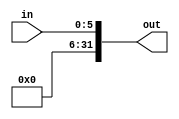
module instrExt (in, out);

	input [5:0] in;
	output reg [31:0] out;
	
	always @(*) begin
		out[5:0] <= in[5:0];
		out[31:6] <= 0;
	end

endmodule